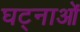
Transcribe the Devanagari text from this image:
घट्नाओं